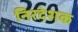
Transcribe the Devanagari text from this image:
निरदेशक